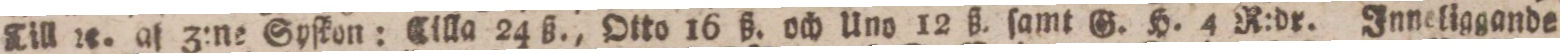
Till rc. af Z:ne Syſkon: Cilla 24 ß., Otto 16 ß. och Uno 12 ß. ſamt G. H. 4 R:dr. Inneliggande